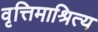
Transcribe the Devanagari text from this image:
वृत्तिमाश्रित्य